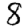
Digit: 8